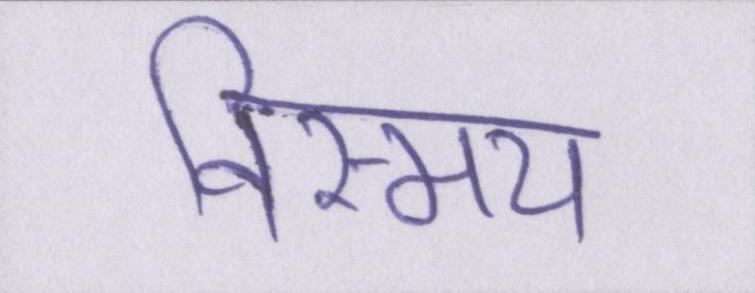
विस्मय